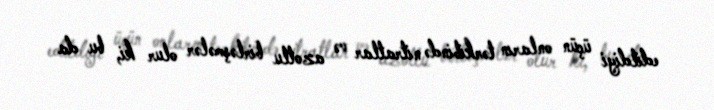
edildiyi üçün onların tərkibində nitratlar və azotlu birləşmələr olur ki, bu da